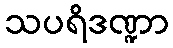
သပရိဒဏ္ဍာ